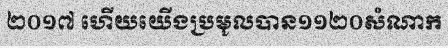
២០១៧ ហើយយើងប្រមូលបាន១១២០សំណាក